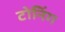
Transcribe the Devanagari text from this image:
टोनिंग